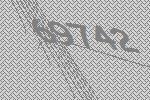
69742